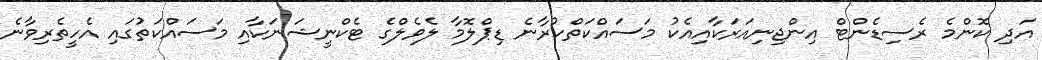
އަދި ކޮންމެ ރެސިޑެންޓް އިންޖިނިއަރަކާއިއެކު މަސައްކަތްކުރާނެ ޑިޕްލޮމާ ލެވެލްގެ ޓެކްނީޝަނަކާއި މަސައްކަތުގައި އެހީތެރިވާނެ